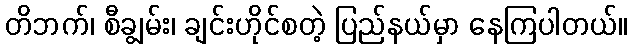
တိဘက်၊ စီချွမ်း၊ ချင်းဟိုင်စတဲ့ ပြည်နယ်မှာ နေကြပါတယ်။